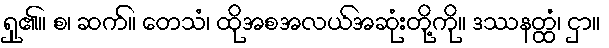
ရှု၏။ စ၊ ဆက်။ တေသံ၊ ထိုအစအလယ်အဆုံးတို့ကို။ ဒဿနတ္ထံ၊ ငှာ။